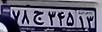
۷۸ج۳۴۵۱۳